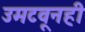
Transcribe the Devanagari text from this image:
उमटवूनही